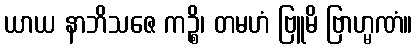
ယာယ နာဘိသဇေ ကဉ္စိ၊ တမဟံ ဗြူမိ ဗြာဟ္မဏံ။